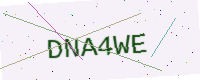
Text: DNA4WE